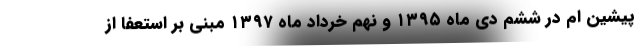
پیشین ام در ششم دی ماه ۱۳۹۵ و نهم خرداد ماه ۱۳۹۷ مبنی بر استعفا از